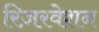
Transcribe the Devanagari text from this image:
रिज़रवेशन